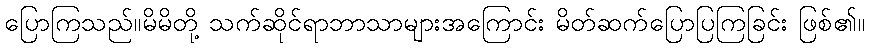
ပြောကြသည်။မိမိတို့ သက်ဆိုင်ရာဘာသာများအကြောင်း မိတ်ဆက်ပြောပြကြခြင်း ဖြစ်၏။